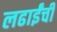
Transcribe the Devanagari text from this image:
लढाईंची